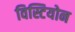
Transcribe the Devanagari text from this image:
विस्टियोन